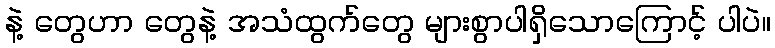
နဲ့ တွေဟာ တွေနဲ့ အသံထွက်တွေ များစွာပါရှိသောကြောင့် ပါပဲ။